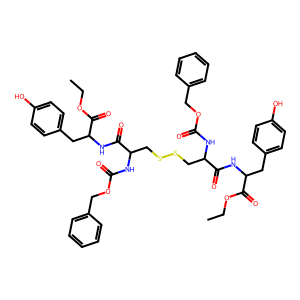
SMILES: CCOC(=O)C(Cc1ccc(O)cc1)NC(=O)C(CSSCC(NC(=O)OCc1ccccc1)C(=O)NC(Cc1ccc(O)cc1)C(=O)OCC)NC(=O)OCc1ccccc1
Inhibits HIV replication: No